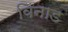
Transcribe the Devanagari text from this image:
विनाड